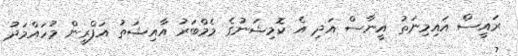
ރައީސް އައިމިނަތު އީނާސް އަދި އެ ކޮމިޝަނުގެ މެމްބަރު އާއިޝަތު އަފްރީން މުހައްމަދު